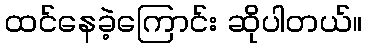
ထင်နေခဲ့ကြောင်း ဆိုပါတယ်။